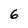
Character: 6